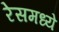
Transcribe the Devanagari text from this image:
रेसमध्ये